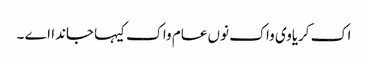
اک کریاوی واک نوں عام واک کیہا جاندا اے ۔